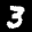
Label: 3